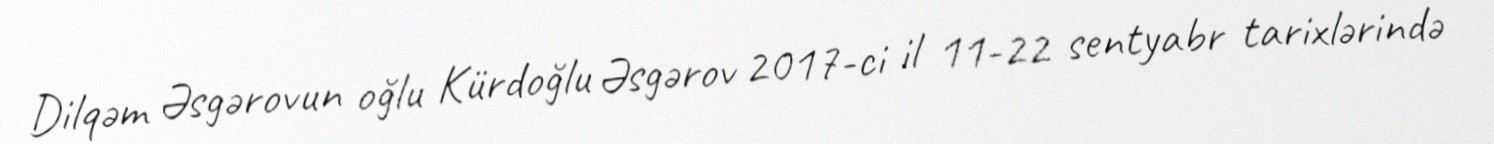
Dilqəm Əsgərovun oğlu Kürdoğlu Əsgərov 2017-ci il 11-22 sentyabr tarixlərində